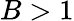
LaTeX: B>1